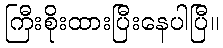
ကြီးစိုးထားပြီးနေပါပြီ။